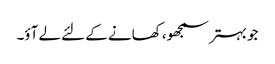
جو بہتر سمجھو، کھانے کے لئے لے آؤ۔